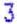
3